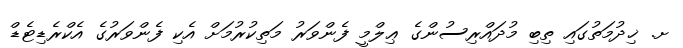
ށ. ޚިދުމަތުގައި ތިބި މުދައްރިސުންގެ ޢިލްމީ ފެންވަރު މަތިކުރުމަށް އެކި ފެންވަރުގެ އެކްރެޑިޓެޑް